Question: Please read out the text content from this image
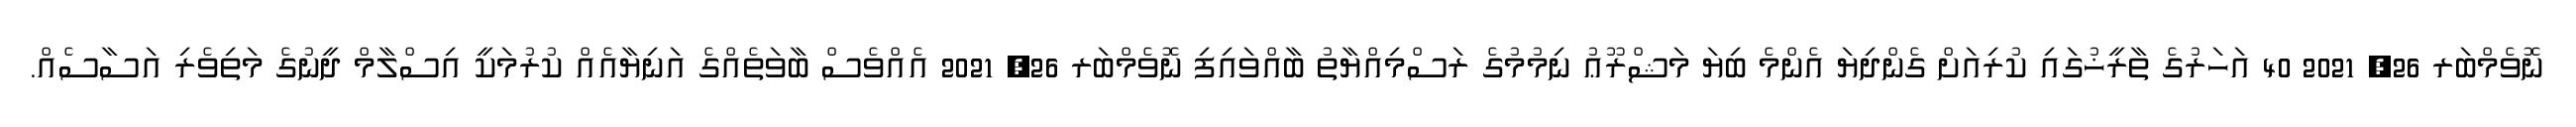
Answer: ނޮވެމްބަރ 26, 2021 40 އަހަރުގެ ތާރީޚުގައި ކުރިއަށް ގެންދިޔަ އެންމެ ބިޔަ މަޝްރޫޢު ނިމުމުގެ ރަސްމިއްޔާތު ބާއްވައިފި ނޮވެމްބަރ 26, 2021 އެއްވެސް ބާވަތެއްގެ އަނިޔާއެއް ކުރުމަކީ އިސްލާމް ދީނުގެ މަތިވެރި އަސާސެއް.